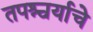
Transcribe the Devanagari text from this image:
तपश्चर्याचे